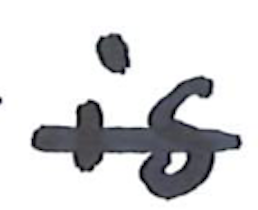
Text: is
Cross-out: single-line
Writing tool: marker